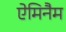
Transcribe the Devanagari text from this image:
ऐमिनैम